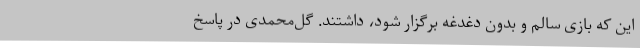
این که بازی سالم و بدون دغدغه برگزار شود، داشتند. گل‌محمدی در پاسخ